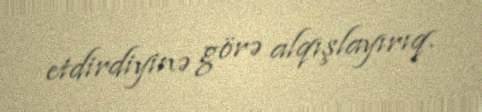
etdirdiyinə görə alqışlayırıq.